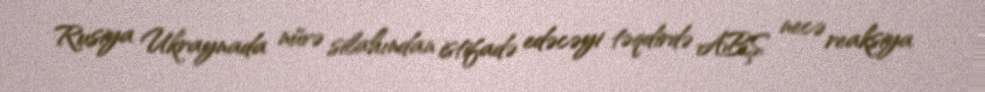
Rusiya Ukraynada nüvə silahından istifadə edəcəyi təqdirdə ABŞ necə reaksiya